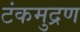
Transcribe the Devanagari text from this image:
टंकमुद्रण